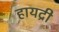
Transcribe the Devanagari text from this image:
हायद्री